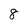
Character: 8